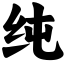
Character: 纯